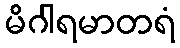
မိဂါရမာတရံ